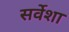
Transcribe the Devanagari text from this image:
सर्वेशा